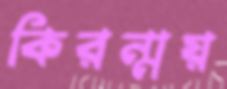
কিরন্ময়